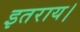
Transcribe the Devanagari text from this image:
इतराय।